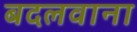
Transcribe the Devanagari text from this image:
बदलवाना